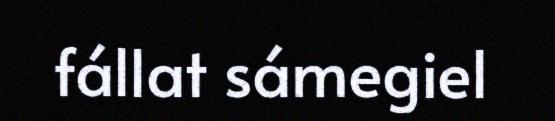
fállat sámegiel